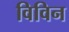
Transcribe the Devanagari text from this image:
विविन